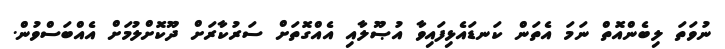
ނުވަތަ ލިބެންއޮތް ނަމަ އެތަން ކަނޑައެޅިފައިވާ އުޞޫލާއި އެއްގޮތަށް ސަރުކާރަށް ދޫކޮށްލުމަށް އެއްބަސްވުން.